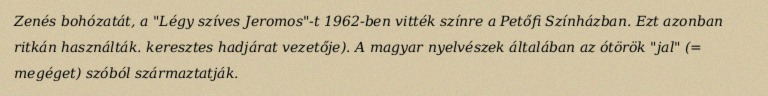
Zenés bohózatát, a "Légy szíves Jeromos"-t 1962-ben vitték színre a Petőfi Színházban. Ezt azonban ritkán használták. keresztes hadjárat vezetője). A magyar nyelvészek általában az ótörök "jal" (= megéget) szóból származtatják.